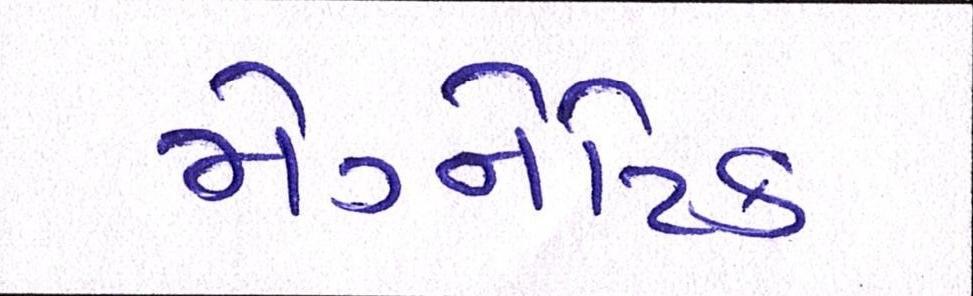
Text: મેગ્નેટિક